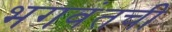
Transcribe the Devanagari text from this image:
भगवंतची